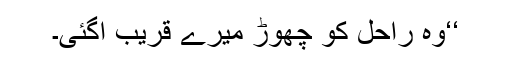
‘‘وہ راحل کو چھوڑ میرے قریب آگئی۔